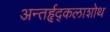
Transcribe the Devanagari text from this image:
अन्तर्हृद्कलाशोथ